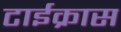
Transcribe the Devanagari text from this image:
टाईक्रास